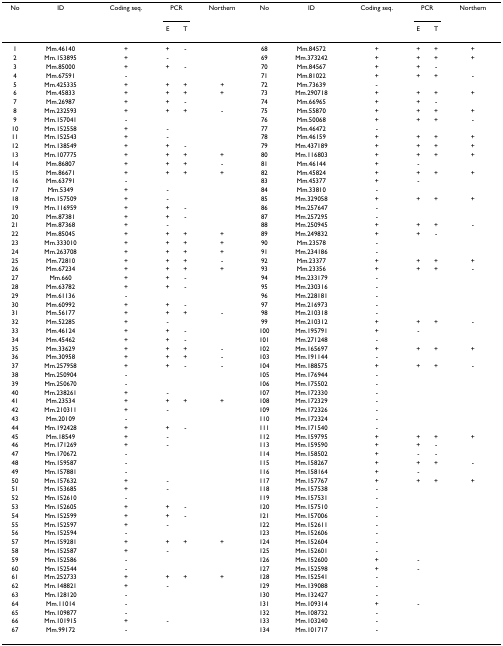
<table><thead><tr><td><b>No</b></td><td><b>ID</b></td><td><b>Coding seq.</b></td><td colspan="2"><b>PCR</b></td><td><b>Northern</b></td><td><b>No</b></td><td><b>ID</b></td><td><b>Coding seq.</b></td><td colspan="2"><b>PCR</b></td><td><b>Northern</b></td></tr><tr><td></td><td></td><td></td><td><b>E</b></td><td><b>T</b></td><td></td><td></td><td></td><td></td><td><b>E</b></td><td><b>T</b></td><td></td></tr></thead><tbody><tr><td>1</td><td>Mm.46140</td><td>+</td><td>+</td><td>-</td><td></td><td>68</td><td>Mm.84572</td><td>+</td><td>+</td><td>+</td><td>+</td></tr><tr><td>2</td><td>Mm.153895</td><td>+</td><td>-</td><td></td><td></td><td>69</td><td>Mm.373242</td><td>+</td><td>+</td><td>+</td><td>+</td></tr><tr><td>3</td><td>Mm.85000</td><td>+</td><td>+</td><td>-</td><td></td><td>70</td><td>Mm.84567</td><td>+</td><td>+</td><td>-</td><td></td></tr><tr><td>4</td><td>Mm.67591</td><td>-</td><td></td><td></td><td></td><td>71</td><td>Mm.81022</td><td>+</td><td>+</td><td>+</td><td>-</td></tr><tr><td>5</td><td>Mm.425335</td><td>+</td><td>+</td><td>+</td><td>+</td><td>72</td><td>Mm.73639</td><td>-</td><td></td><td></td><td></td></tr><tr><td>6</td><td>Mm.45833</td><td>+</td><td>+</td><td>+</td><td>+</td><td>73</td><td>Mm.290718</td><td>+</td><td>+</td><td>+</td><td>+</td></tr><tr><td>7</td><td>Mm.26987</td><td>+</td><td>+</td><td>-</td><td></td><td>74</td><td>Mm.66965</td><td>+</td><td>+</td><td>-</td><td></td></tr><tr><td>8</td><td>Mm.232593</td><td>+</td><td>+</td><td>+</td><td>-</td><td>75</td><td>Mm.55870</td><td>+</td><td>+</td><td>+</td><td>+</td></tr><tr><td>9</td><td>Mm.157041</td><td>-</td><td></td><td></td><td></td><td>76</td><td>Mm.50068</td><td>+</td><td>+</td><td>+</td><td>-</td></tr><tr><td>10</td><td>Mm.152558</td><td>+</td><td>-</td><td></td><td></td><td>77</td><td>Mm.46472</td><td>-</td><td></td><td></td><td></td></tr><tr><td>11</td><td>Mm.152543</td><td>+</td><td>-</td><td></td><td></td><td>78</td><td>Mm.46159</td><td>+</td><td>+</td><td>+</td><td>+</td></tr><tr><td>12</td><td>Mm.138549</td><td>+</td><td>+</td><td>-</td><td></td><td>79</td><td>Mm.437189</td><td>+</td><td>+</td><td>+</td><td>+</td></tr><tr><td>13</td><td>Mm.107775</td><td>+</td><td>+</td><td>+</td><td>+</td><td>80</td><td>Mm.116803</td><td>+</td><td>+</td><td>+</td><td>+</td></tr><tr><td>14</td><td>Mm.86807</td><td>+</td><td>+</td><td>+</td><td>-</td><td>81</td><td>Mm.46144</td><td>+</td><td>-</td><td></td><td></td></tr><tr><td>15</td><td>Mm.86671</td><td>+</td><td>+</td><td>+</td><td>+</td><td>82</td><td>Mm.45824</td><td>+</td><td>+</td><td>+</td><td>+</td></tr><tr><td>16</td><td>Mm.63791</td><td>-</td><td></td><td></td><td></td><td>83</td><td>Mm.45377</td><td>+</td><td>-</td><td></td><td></td></tr><tr><td>17</td><td>Mm.5349</td><td>+</td><td>-</td><td></td><td></td><td>84</td><td>Mm.33810</td><td>-</td><td></td><td></td><td></td></tr><tr><td>18</td><td>Mm.157509</td><td>+</td><td>-</td><td></td><td></td><td>85</td><td>Mm.329058</td><td>+</td><td>+</td><td>+</td><td>+</td></tr><tr><td>19</td><td>Mm.116959</td><td>+</td><td>+</td><td>-</td><td></td><td>86</td><td>Mm.257647</td><td>-</td><td></td><td></td><td></td></tr><tr><td>20</td><td>Mm.87381</td><td>+</td><td>+</td><td>-</td><td></td><td>87</td><td>Mm.257295</td><td>-</td><td></td><td></td><td></td></tr><tr><td>21</td><td>Mm.87368</td><td>+</td><td>-</td><td></td><td></td><td>88</td><td>Mm.250945</td><td>+</td><td>+</td><td>+</td><td>-</td></tr><tr><td>22</td><td>Mm.85045</td><td>+</td><td>+</td><td>+</td><td>+</td><td>89</td><td>Mm.249832</td><td>+</td><td>+</td><td>-</td><td></td></tr><tr><td>23</td><td>Mm.333010</td><td>+</td><td>+</td><td>+</td><td>+</td><td>90</td><td>Mm.23578</td><td>-</td><td></td><td></td><td></td></tr><tr><td>24</td><td>Mm.263708</td><td>+</td><td>+</td><td>+</td><td>+</td><td>91</td><td>Mm.234186</td><td>-</td><td></td><td></td><td></td></tr><tr><td>25</td><td>Mm.72810</td><td>+</td><td>+</td><td>+</td><td>-</td><td>92</td><td>Mm.23377</td><td>+</td><td>+</td><td>+</td><td>+</td></tr><tr><td>26</td><td>Mm.67234</td><td>+</td><td>+</td><td>+</td><td>+</td><td>93</td><td>Mm.23356</td><td>+</td><td>+</td><td>+</td><td>-</td></tr><tr><td>27</td><td>Mm.660</td><td>+</td><td>+</td><td>-</td><td></td><td>94</td><td>Mm.233179</td><td>-</td><td></td><td></td><td></td></tr><tr><td>28</td><td>Mm.63782</td><td>+</td><td>+</td><td>-</td><td></td><td>95</td><td>Mm.230316</td><td>-</td><td></td><td></td><td></td></tr><tr><td>29</td><td>Mm.61136</td><td>-</td><td></td><td></td><td></td><td>96</td><td>Mm.228181</td><td>-</td><td></td><td></td><td></td></tr><tr><td>30</td><td>Mm.60992</td><td>+</td><td>+</td><td>-</td><td></td><td>97</td><td>Mm.216973</td><td>-</td><td></td><td></td><td></td></tr><tr><td>31</td><td>Mm.56177</td><td>+</td><td>+</td><td>+</td><td>-</td><td>98</td><td>Mm.210318</td><td>-</td><td></td><td></td><td></td></tr><tr><td>32</td><td>Mm.52285</td><td>+</td><td>-</td><td></td><td></td><td>99</td><td>Mm.210312</td><td>+</td><td>+</td><td>+</td><td>-</td></tr><tr><td>33</td><td>Mm.46124</td><td>+</td><td>+</td><td>-</td><td></td><td>100</td><td>Mm.195791</td><td>+</td><td>-</td><td></td><td></td></tr><tr><td>34</td><td>Mm.45462</td><td>+</td><td>+</td><td>-</td><td></td><td>101</td><td>Mm.271248</td><td>-</td><td></td><td></td><td></td></tr><tr><td>35</td><td>Mm.33629</td><td>+</td><td>+</td><td>+</td><td>-</td><td>102</td><td>Mm.165697</td><td>+</td><td>+</td><td>+</td><td>+</td></tr><tr><td>36</td><td>Mm.30958</td><td>+</td><td>+</td><td>+</td><td>-</td><td>103</td><td>Mm.191144</td><td>-</td><td></td><td></td><td></td></tr><tr><td>37</td><td>Mm.257958</td><td>+</td><td>+</td><td>-</td><td>-</td><td>104</td><td>Mm.188575</td><td>+</td><td>+</td><td>+</td><td>-</td></tr><tr><td>38</td><td>Mm.250904</td><td>-</td><td></td><td></td><td></td><td>105</td><td>Mm.176944</td><td>-</td><td></td><td></td><td></td></tr><tr><td>39</td><td>Mm.250670</td><td>-</td><td></td><td></td><td></td><td>106</td><td>Mm.175502</td><td>-</td><td></td><td></td><td></td></tr><tr><td>40</td><td>Mm.238261</td><td>+</td><td>-</td><td></td><td></td><td>107</td><td>Mm.172330</td><td>-</td><td></td><td></td><td></td></tr><tr><td>41</td><td>Mm.23534</td><td>+</td><td>+</td><td>+</td><td>+</td><td>108</td><td>Mm.172329</td><td>-</td><td></td><td></td><td></td></tr><tr><td>42</td><td>Mm.210311</td><td>+</td><td>-</td><td></td><td></td><td>109</td><td>Mm.172326</td><td>-</td><td></td><td></td><td></td></tr><tr><td>43</td><td>Mm.20109</td><td>-</td><td></td><td></td><td></td><td>110</td><td>Mm.172324</td><td>-</td><td></td><td></td><td></td></tr><tr><td>44</td><td>Mm.192428</td><td>+</td><td>+</td><td>-</td><td></td><td>111</td><td>Mm.171540</td><td>-</td><td></td><td></td><td></td></tr><tr><td>45</td><td>Mm.18549</td><td>+</td><td>-</td><td></td><td></td><td>112</td><td>Mm.159795</td><td>+</td><td>+</td><td>+</td><td>+</td></tr><tr><td>46</td><td>Mm.171269</td><td>+</td><td>-</td><td></td><td></td><td>113</td><td>Mm.159590</td><td>+</td><td>+</td><td>-</td><td></td></tr><tr><td>47</td><td>Mm.170672</td><td>-</td><td></td><td></td><td></td><td>114</td><td>Mm.158502</td><td>+</td><td>-</td><td>-</td><td></td></tr><tr><td>48</td><td>Mm.159587</td><td>-</td><td></td><td></td><td></td><td>115</td><td>Mm.158267</td><td>+</td><td>+</td><td>+</td><td>-</td></tr><tr><td>49</td><td>Mm.157881</td><td>-</td><td></td><td></td><td></td><td>116</td><td>Mm.158164</td><td>+</td><td>-</td><td></td><td></td></tr><tr><td>50</td><td>Mm.157632</td><td>+</td><td>-</td><td></td><td></td><td>117</td><td>Mm.157767</td><td>+</td><td>+</td><td>+</td><td>+</td></tr><tr><td>51</td><td>Mm.153685</td><td>+</td><td>-</td><td></td><td></td><td>118</td><td>Mm.157538</td><td>-</td><td></td><td></td><td></td></tr><tr><td>52</td><td>Mm.152610</td><td>-</td><td></td><td></td><td></td><td>119</td><td>Mm.157531</td><td>-</td><td></td><td></td><td></td></tr><tr><td>53</td><td>Mm.152605</td><td>+</td><td>+</td><td>-</td><td></td><td>120</td><td>Mm.157510</td><td>-</td><td></td><td></td><td></td></tr><tr><td>54</td><td>Mm.152599</td><td>+</td><td>+</td><td>-</td><td></td><td>121</td><td>Mm.157006</td><td>-</td><td></td><td></td><td></td></tr><tr><td>55</td><td>Mm.152597</td><td>+</td><td>-</td><td></td><td></td><td>122</td><td>Mm.152611</td><td>-</td><td></td><td></td><td></td></tr><tr><td>56</td><td>Mm.152594</td><td>-</td><td></td><td></td><td></td><td>123</td><td>Mm.152606</td><td>-</td><td></td><td></td><td></td></tr><tr><td>57</td><td>Mm.159281</td><td>+</td><td>+</td><td>+</td><td>+</td><td>124</td><td>Mm.152604</td><td>-</td><td></td><td></td><td></td></tr><tr><td>58</td><td>Mm.152587</td><td>+</td><td>-</td><td></td><td></td><td>125</td><td>Mm.152601</td><td>-</td><td></td><td></td><td></td></tr><tr><td>59</td><td>Mm.152586</td><td>-</td><td></td><td></td><td></td><td>126</td><td>Mm.152600</td><td>+</td><td>-</td><td></td><td></td></tr><tr><td>60</td><td>Mm.152544</td><td>-</td><td></td><td></td><td></td><td>127</td><td>Mm.152598</td><td>+</td><td>-</td><td></td><td></td></tr><tr><td>61</td><td>Mm.252733</td><td>+</td><td>+</td><td>+</td><td>+</td><td>128</td><td>Mm.152541</td><td>-</td><td></td><td></td><td></td></tr><tr><td>62</td><td>Mm.148821</td><td>+</td><td>-</td><td></td><td></td><td>129</td><td>Mm.139088</td><td>-</td><td></td><td></td><td></td></tr><tr><td>63</td><td>Mm.128120</td><td>-</td><td></td><td></td><td></td><td>130</td><td>Mm.132427</td><td>-</td><td></td><td></td><td></td></tr><tr><td>64</td><td>Mm.11014</td><td>-</td><td></td><td></td><td></td><td>131</td><td>Mm.109314</td><td>+</td><td>-</td><td></td><td></td></tr><tr><td>65</td><td>Mm.109877</td><td>-</td><td></td><td></td><td></td><td>132</td><td>Mm.108732</td><td>-</td><td></td><td></td><td></td></tr><tr><td>66</td><td>Mm.101915</td><td>+</td><td>-</td><td></td><td></td><td>133</td><td>Mm.103240</td><td>-</td><td></td><td></td><td></td></tr><tr><td>67</td><td>Mm.99172</td><td>-</td><td></td><td></td><td></td><td>134</td><td>Mm.101717</td><td>-</td><td></td><td></td><td></td></tr></tbody></table>